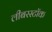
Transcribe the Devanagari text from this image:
लीबरस्टॉक